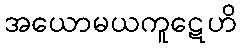
အယောမယကူဋေဟိ